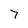
Character: 7